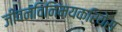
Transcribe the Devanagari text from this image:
जीवनविनिमयक्रियेस